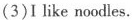
(3)I like noodles.